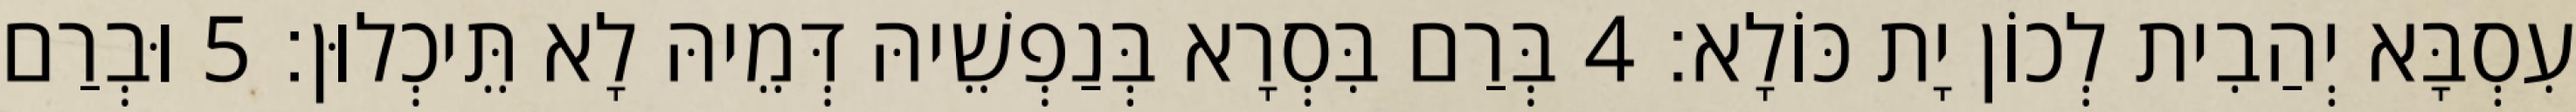
עִסְבָּא יְהַבִית לְכוֹן יָת כּוֹלָא׃ 4 בְּרַם בִּסְרָא בְּנַפְשֵׁיהּ דְּמֵיהּ לָא תֵּיכְלוּן׃ 5 וּבְרַם